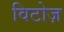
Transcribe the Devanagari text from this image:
विटोज़